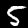
Label: 5